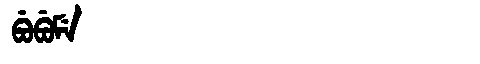
Manchu: ᠪᡠᠪᡠᠮᡝ
Romanization: BUBUME